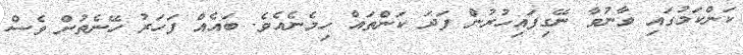
ކަންކަމުގައި ވާނުވާ ނޭގިފައިހުރުން ފަދަ ކަންތައް ހިމެނެއެވެ. ބައެއް ފަހަރު ހޭނެތުން ވެސް